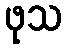
ဖုသ